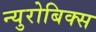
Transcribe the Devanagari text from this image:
न्युरोबिक्स